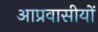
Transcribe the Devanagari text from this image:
आप्रवासीयों